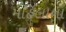
મહિલાના